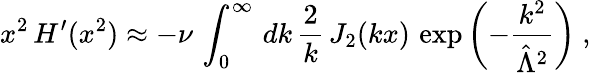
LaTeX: x^{2}\, H^{\prime}(x^{2})\approx-\nu\, \int_{0}^{\infty}\, dk\, \frac{2}{k}\, J_{2}(kx)\, \exp\left(-\frac{k^{2}}{\hat{\Lambda}^{2}}\right)~,